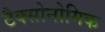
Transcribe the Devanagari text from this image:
टैक्सोनोमिक